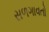
સળગાવતો